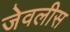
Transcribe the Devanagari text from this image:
जेवलीस